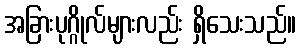
အခြားပုဂ္ဂိုလ်များလည်း ရှိသေးသည်။